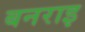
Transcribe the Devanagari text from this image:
बनराइ